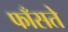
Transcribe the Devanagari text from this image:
फाँसते